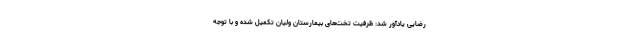
رضایی یادآور شد: ظرفیت تخت‌های بیمارستان ولیان تکمیل شده و با توجه